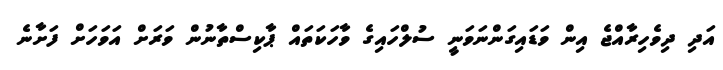
އަދި ދިވެހިރާއްޖެ އިން ވަޑައިގަންނަވަނީ ސުލްހައިގެ ވާހަކަތައް ޕާކިސްތާނުން ވަރަށް އަވަހަށް ފަށާނެ